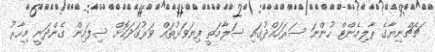
ޗެޗްނިޔާގެ ޕާލިމެންޓް ހުންނަ ސަރަހައްދުގައި ސަލާމަތީ ފިޔަވަޅުތައް ވަރުގަދަކޮށް ސިފައިން ގެންދަނީ މިހާރު